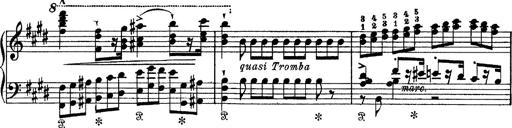
Title: Tarantelle di bravura dâ€™aprÃ¨s la tarantelle de La muette de Portici
Composer: Franz Liszt